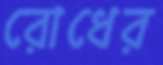
রোধের